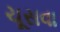
ચૂસવા